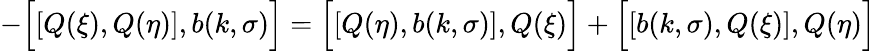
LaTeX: -\Bigl[\left[Q(\xi),Q(\eta)\right],b(k,\sigma)\Bigr]=\Bigl[\left[Q(\eta),b(k,\sigma)\right],Q(\xi)\Bigr]+\Bigl[\left[b(k,\sigma),Q(\xi)\right],Q(\eta)\Bigr]